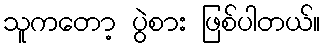
သူကတော့ ပွဲစား ဖြစ်ပါတယ်။